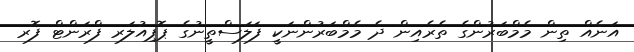
އަނެއް ތިން މެމްބަރުންގެ ތެރެއިން ދެ މެމްބަރުންނަކީ ފަލަސްތީނުގެ ޕޮޕިއުލަރ ފްރަންޓް ފޮރ